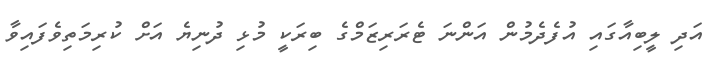
އަދި ލީބިއާގައި އުފެދެމުން އަންނަ ޓެރަރިޒަމްގެ ބިރަކީ މުޅި ދުނިޔެ އަށް ކުރިމަތިވެފައިވާ